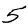
Digit: 5